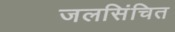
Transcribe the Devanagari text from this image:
जलसिंचित